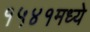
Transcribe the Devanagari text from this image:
१५४१मध्ये